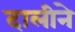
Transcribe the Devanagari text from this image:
दालीने